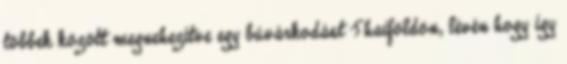
többek között megnehezítve egy búvárkodást Thaiföldön, lévén hogy így